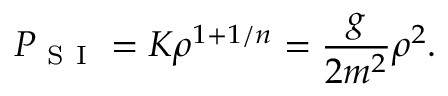
P _ { \mathrm { ~ S ~ I ~ } } = K \rho ^ { 1 + 1 / n } = \frac { g } { 2 m ^ { 2 } } \rho ^ { 2 } .